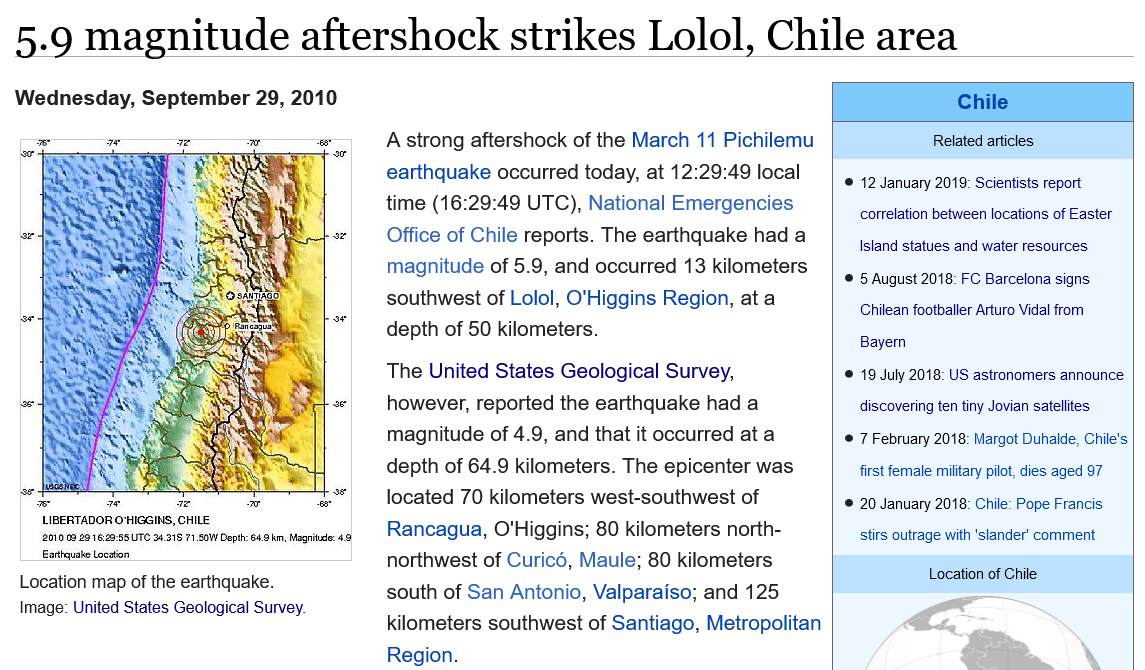
5.9    magnitude    aftershock    strikes    Lolol,    Chile    area
   Wednesday,    September    29,    2010
    Location    map    of the   earthquake.
    Image:    United   States  Geological    Survey.
     A   strong    aftershock    of  the   March    11   Pichilemu
     earthquake    occurred    today,    at  12:29:49    local
     time    (16:29:49    UTC),    National    Emergencies
     Office    of  Chile    reports.    The    earthquake    had    a
     magnitude    of  5.9,   and    occurred    13   kilometers
     southwest    of    Lolol,    O'Higgins    Region,    at    a
     depth    of  50   kilometers.
     The    United    States    Geological    Survey,
     however,    reported    the    earthquake    had    a
     magnitude    of   4.9,    and    that  it   occurred    at  a
     depth    of  64.9    kilometers.    The    epicenter    was
     located    70   kilometers    west-southwest    of
     Rancagua,    O'Higgins;    80   kilometers    north-
     northwest    of    Curicd,    Maule;    80   kilometers
     south    of  San    Antonio,    Valparaiso;    and    125
     kilometers    southwest    of  Santiago,    Metropolitan
     Region
     Chile
     Related articles
     ©  12 January   2019:  Scientists  report
     correlation  between locations    of Easter
     Island statues  and  water   resources
     ©  5 August  2018:   FC  Barcelona   signs
     Chilean footballer  Arturo  Vidal from
     Bayer
     ©  19 July 2018:   US astronomers    announce
     discovering ten tiny  Jovian satellites
     ©  7 February   2018:  Margot   Duhalde, Chile's
     first fernale military pilot, dies aged 97
     ©  20 January   2018:  Chile:  Pope  Francis
     stirs outrage  with ‘slander’  comment
     Location   of Chil
     LIBERTADOR O'HIGGINS,  CHILE
     2010 09 29 16:28:55 UTC 34.318 71 50W Depth: 64. 9km, Magniude: 4.9
     Garthquale Location